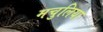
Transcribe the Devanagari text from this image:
मचुलिया